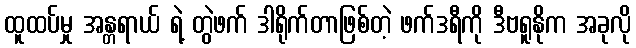
ထူထပ်မှု အန္တရာယ် ရဲ့ တွဲဖက် ဒါရိုက်တာဖြစ်တဲ့ ဖက်ဒရီကို ဒီဗရူနိုက အခုလို